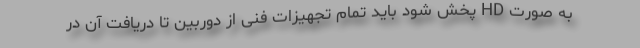
به صورت HD پخش شود باید تمام تجهیزات فنی از دوربین تا دریافت آن در